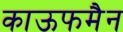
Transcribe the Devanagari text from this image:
काऊफमैन